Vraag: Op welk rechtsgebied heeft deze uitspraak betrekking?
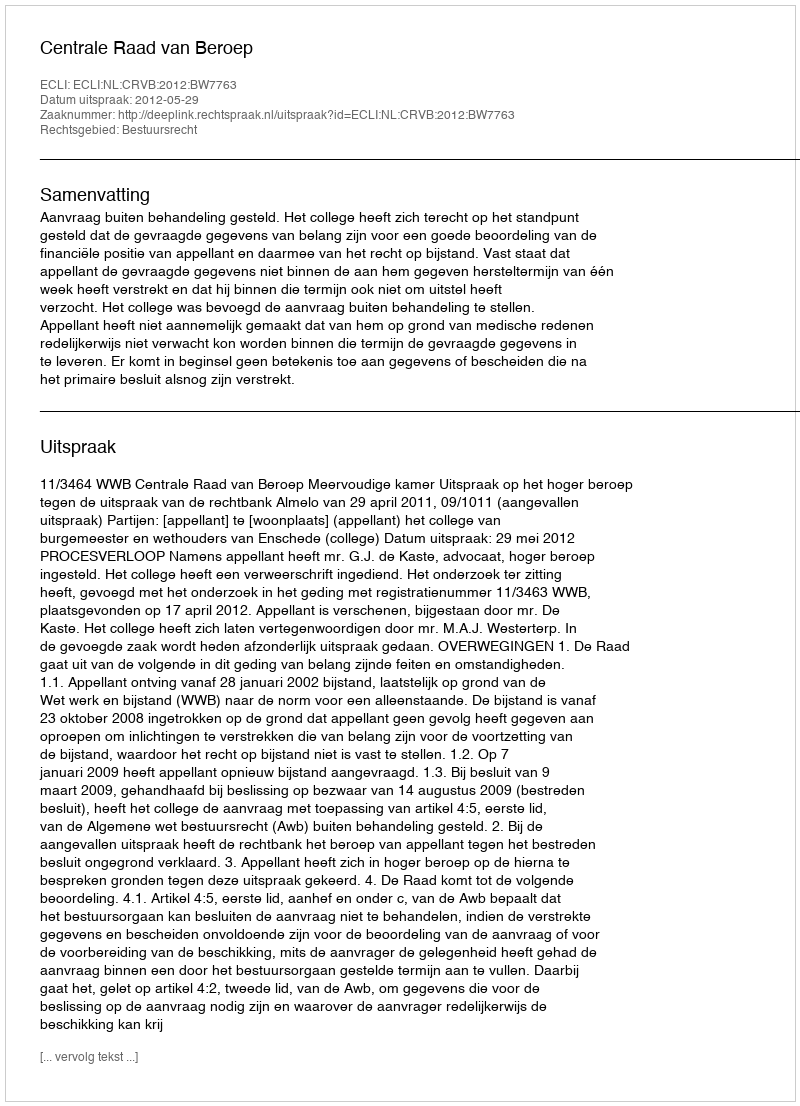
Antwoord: Bestuursrecht